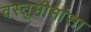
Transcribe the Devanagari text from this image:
वस्तुमीमांसा